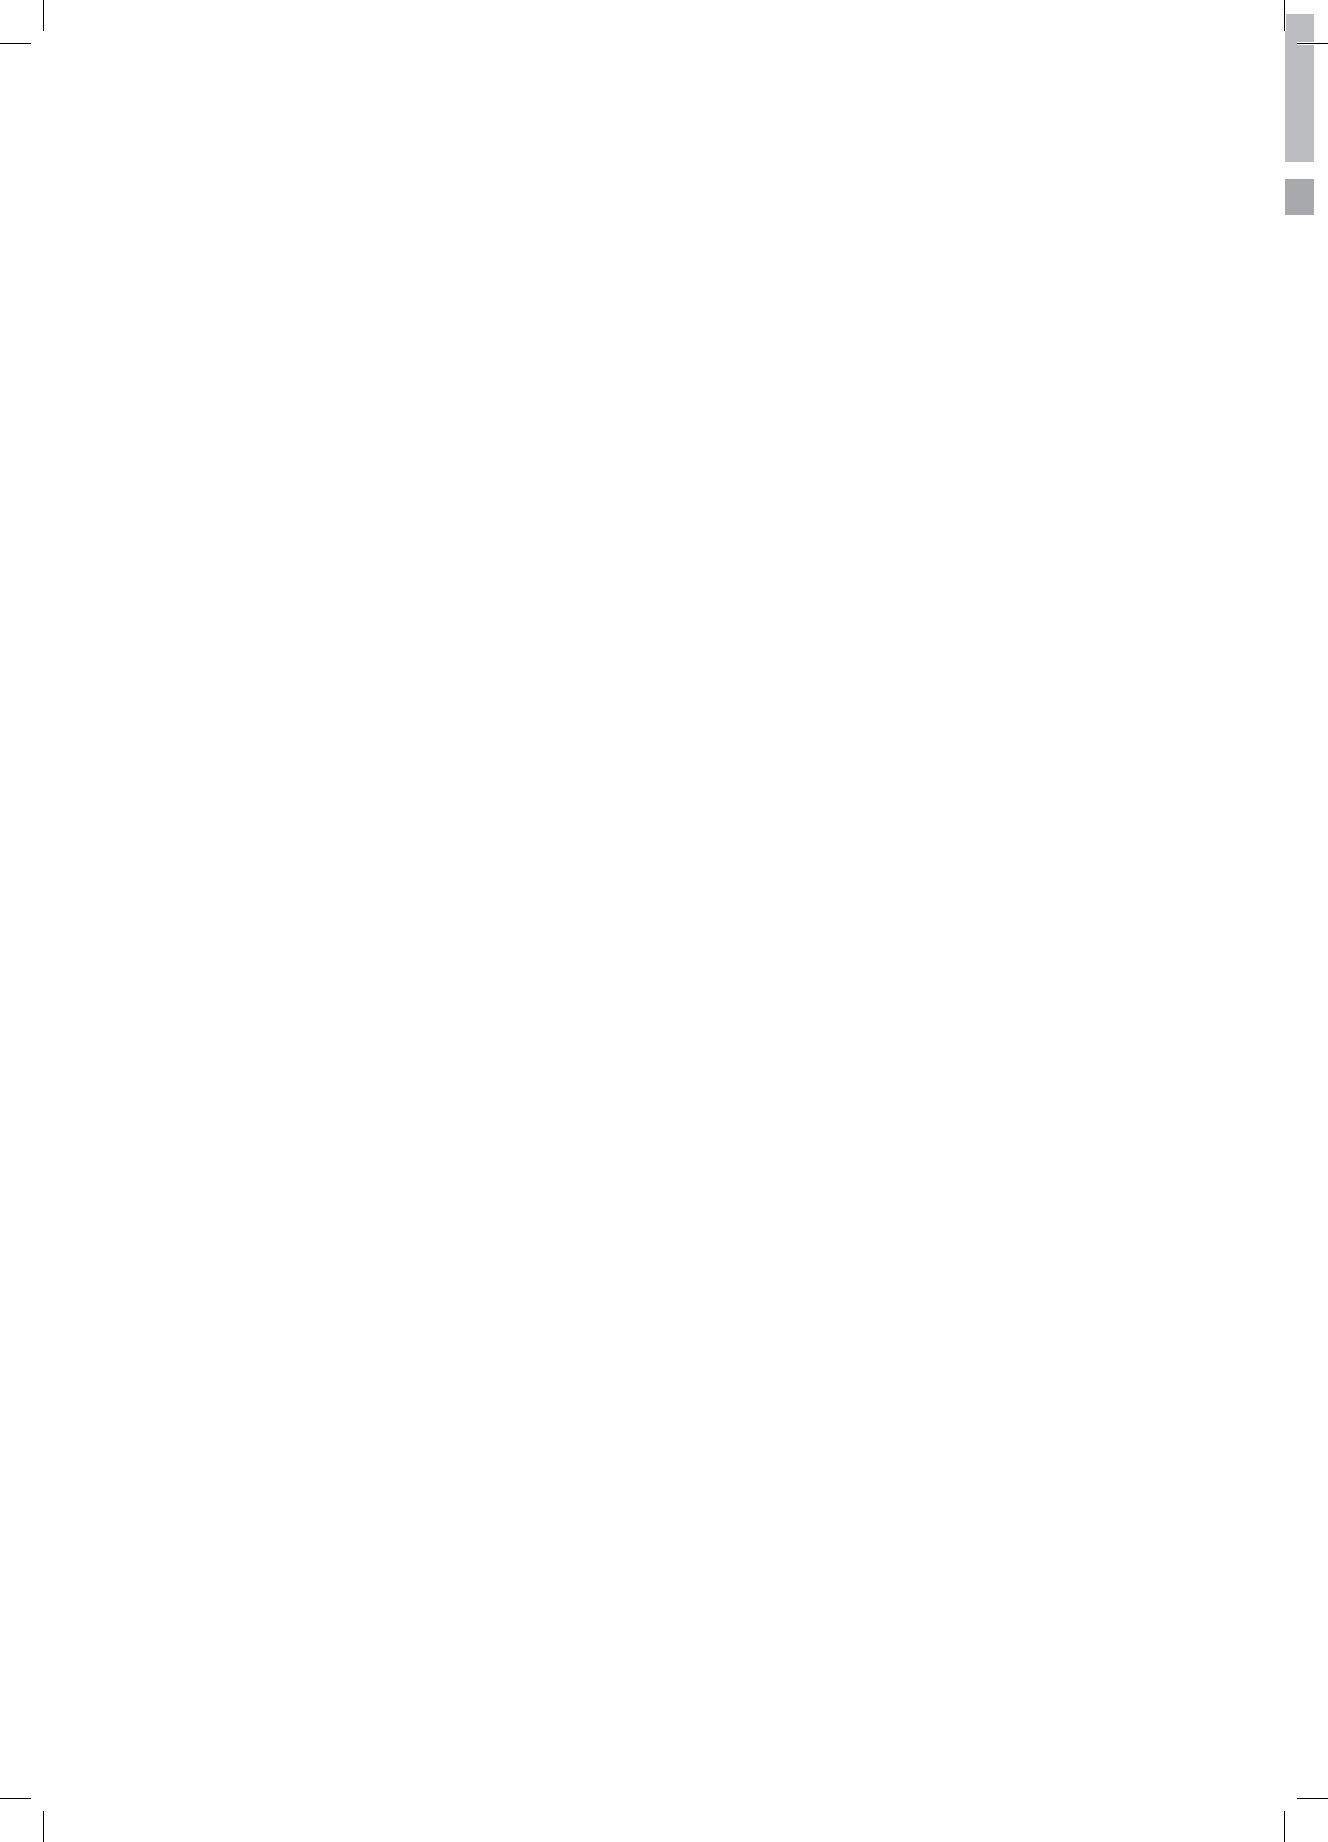
4    Shape Paper - A Catholic Perspective on Relationships and Sexuality Education - Australian Curriculum: Health and Physical Education